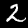
Label: 2